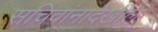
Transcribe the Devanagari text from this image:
सचिवांनादेखील